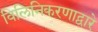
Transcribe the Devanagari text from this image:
विलिनिकरणाद्वारे